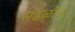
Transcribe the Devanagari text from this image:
मंडळींस